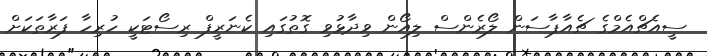
ސީއެޗްއެމްގެ ޗެއާޕާސަން ލޯރެންސް ލިއޯން ވިދާޅުވި ގޮތުގައި ކެނަރީފް ރިސޯޓަކީ ހުރިހާ ފަރާތަކަށް